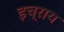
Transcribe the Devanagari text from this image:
इच्राय